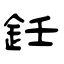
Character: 鈓